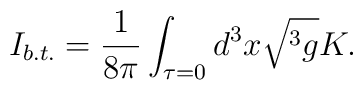
I_{b.t.}=\frac 1{8\pi }\int_{\tau =0}d^3x\sqrt{^3g}K.